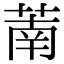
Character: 萳